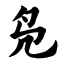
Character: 凫